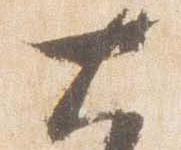
大